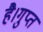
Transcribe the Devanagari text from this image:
है।गुप्त